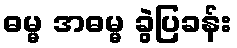
ဓမ္မ အဓမ္မ ခွဲပြခန်း